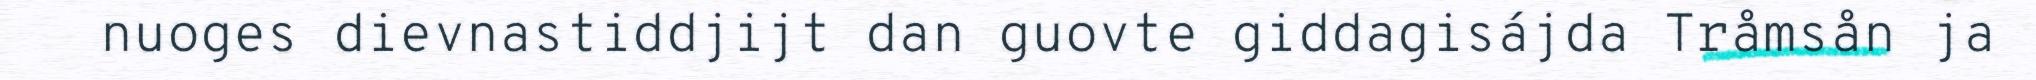
nuoges dievnastiddjijt dan guovte giddagisájda Tråmsån ja